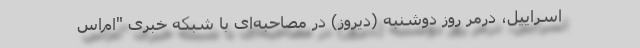
اسراییل، درمر روز دوشنبه (دیروز) در مصاحبه‌ای با شبکه خبری "ام‌اس